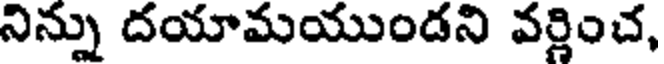
నిన్ను దయామయుండని వర్ణించ,